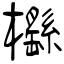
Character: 櫾